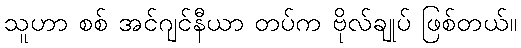
သူဟာ စစ် အင်ဂျင်နီယာ တပ်က ဗိုလ်ချုပ် ဖြစ်တယ်။